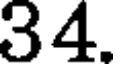
34.